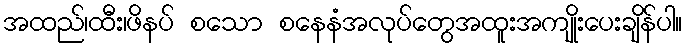
အထည်၊ထီး၊ဖိနပ် စသော စနေနံအလုပ်တွေအထူးအကျိုးပေးချိန်ပါ။